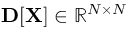
{ \bf D } [ { \bf X } ] \in \mathbb { R } ^ { N \times N }